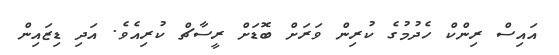
އައިސް ރިންކް ހެދުމުގެ ކުރިން ވަރަށް ބޮޑަށް ރީސާޗް ކުރިއެވެ. އަދި ޑިޒައިން